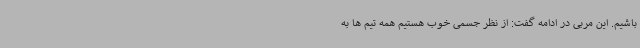
باشیم. این مربی در ادامه گفت: از نظر جسمی خوب هستیم همه تیم ها به